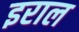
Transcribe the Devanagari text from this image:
इराल